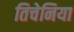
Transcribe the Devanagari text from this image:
तिचेनिया